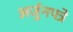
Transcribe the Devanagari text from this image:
अर्जुनपत्रे